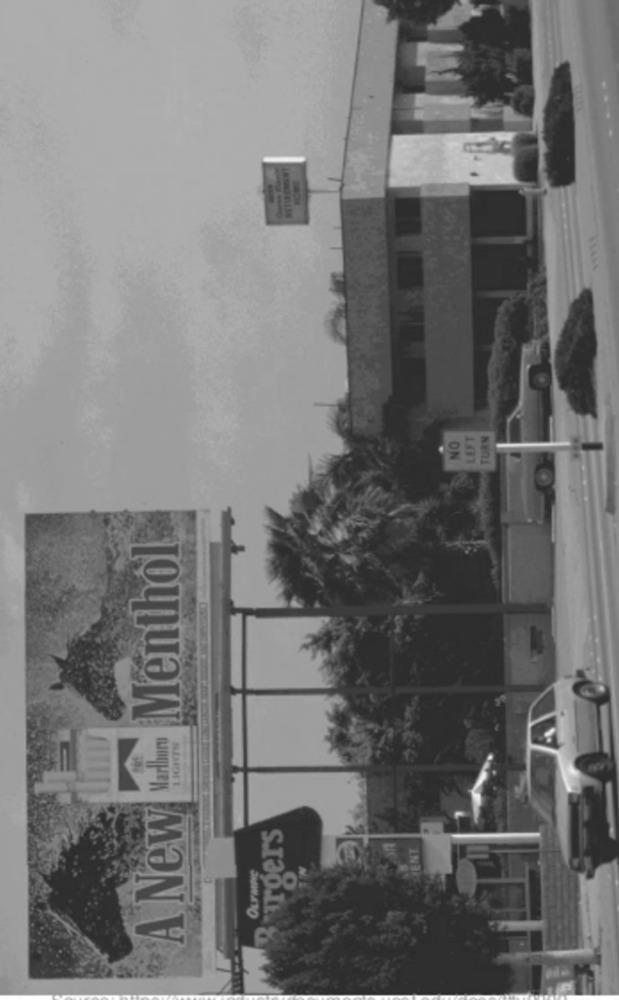
NO
LEFT
TURN
Menthol
Marlboro
LIGHTS
A New
Birgers
OLYMPe